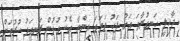
ދާޚިލީ ހަނގުރާމަ އަށް ފަހު ތަމަޅަ އިންނާ އެކު ގުޅުން ރަނގަޅު ކުރުމަށް